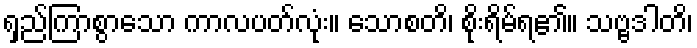
ရှည်ကြာစွာသော ကာလပတ်လုံး။ သောစတိ၊ စိုးရိမ်ရ၏။ သဗ္ဗဒါတိ၊